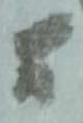
間